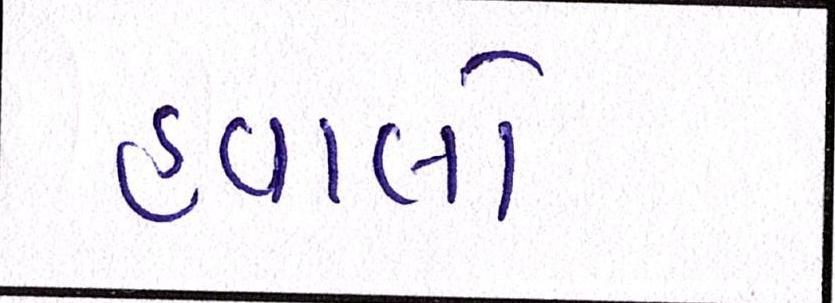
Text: હવાલો